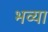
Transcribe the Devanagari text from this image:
भव्‍या